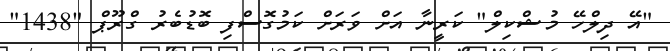
"އޭ ދިލްހޭ މުޝްކިލް" ކަރީނާ އަށް ވަރަށް ކަމުގޮސްފި ބޮޑުބެރު ގްރޫޕް "1438"